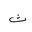
Letter: _tha